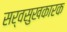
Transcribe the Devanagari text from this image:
सर्वसुखकारक